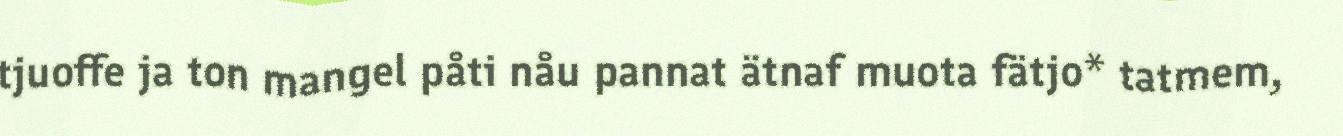
tjuoffe ja ton mangel påti nåu pannat ätnaf muota fätjo* tatmem,